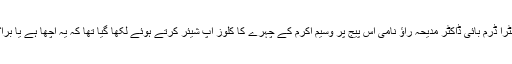
الٹرا ڈرم بائی ڈاکٹر مدیحہ راؤ نامی اس پیج پر وسیم اکرم کے چہرے کا کلوز اپ شیئر کرتے ہوئے لکھا گیا تھا کہ یہ اچھا ہے یا برا؟